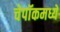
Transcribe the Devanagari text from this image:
चेपॉकमध्ये